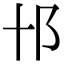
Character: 𨙩